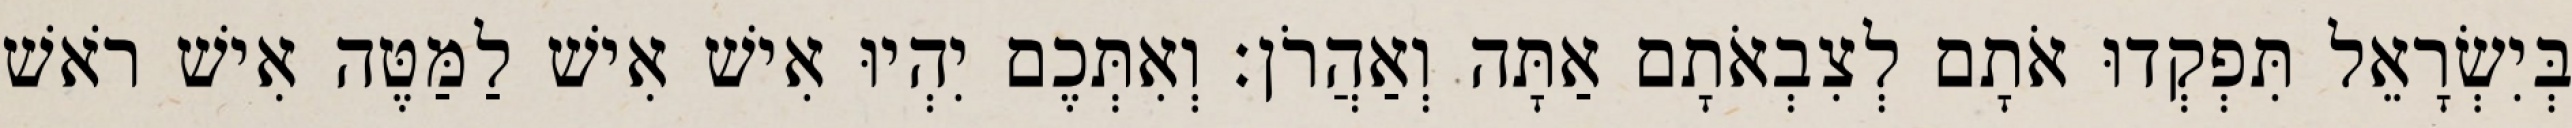
בְּיִשְׂרָאֵל תִּפְקְדוּ אֹתָם לְצִבְאֹתָם אַתָּה וְאַהֲרֹן׃ וְאִתְּכֶם יִהְיוּ אִישׁ אִישׁ לַמַּטֶּה אִישׁ רֹאשׁ